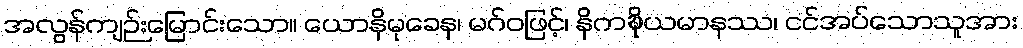
အလွန်ကျဉ်းမြောင်းသော။ ယောနိမုခေန၊ မဂ်ဝဖြင့်၊ နိကဍ္ဎိယမာနဿ၊ ငင်အပ်သောသူအား